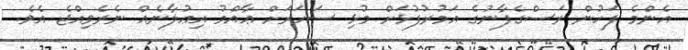
އެންމެ ފަހުން ރަސްގެފާނުގެ އަމުރުފުޅަށް މުޅި ސަހަރަށް ޢާއްމު އިޢުލާނެއް ނެރެވިއްޖެ އެވެ.